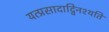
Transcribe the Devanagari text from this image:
यत्प्रसादाद्विनश्यति